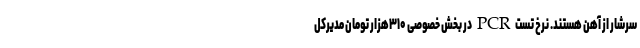
سرشار از آهن هستند. نرخ تست PCR در بخش خصوصی ۳۱۰هزار تومان مدیرکل